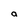
Character: a